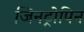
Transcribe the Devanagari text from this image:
जिनट्रोपिन